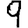
Digit: 9